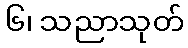
၆၊ သညာသုတ်